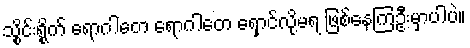
သွိုင်းရွိုက် ရောဂါတေ ရောဂါတေ ရှောင်လို့မရ ဖြစ်နေကြဦးမှာပါပဲ။